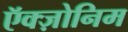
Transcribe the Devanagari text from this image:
ऍक्ज़ोनिम